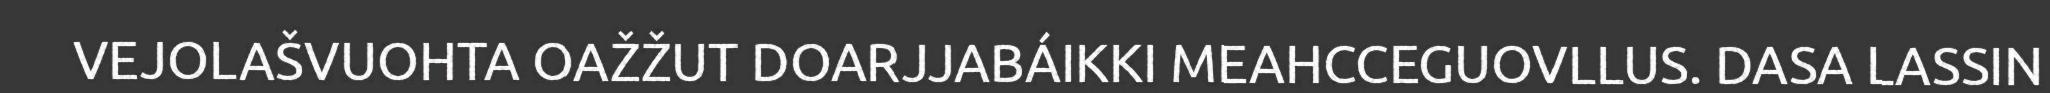
VEJOLAŠVUOHTA OAŽŽUT DOARJJABÁIKKI MEAHCCEGUOVLLUS. DASA LASSIN